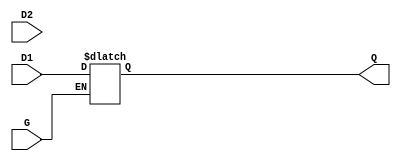
module dual_input_gated_latch (
    input wire D1,    // First data input
    input wire D2,    // Second data input
    input wire G,     // Gate control signal
    output reg Q      // Output
);

// Always block triggered by changes in G or D1/D2
always @(*) begin
    if (G) begin
        // When G is high, prioritize D1 over D2
        Q = D1;
    end
    // When G is low, hold the last value of Q
end

endmodule